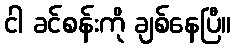
ငါ ခင်စန်းကို ချစ်နေပြီ။